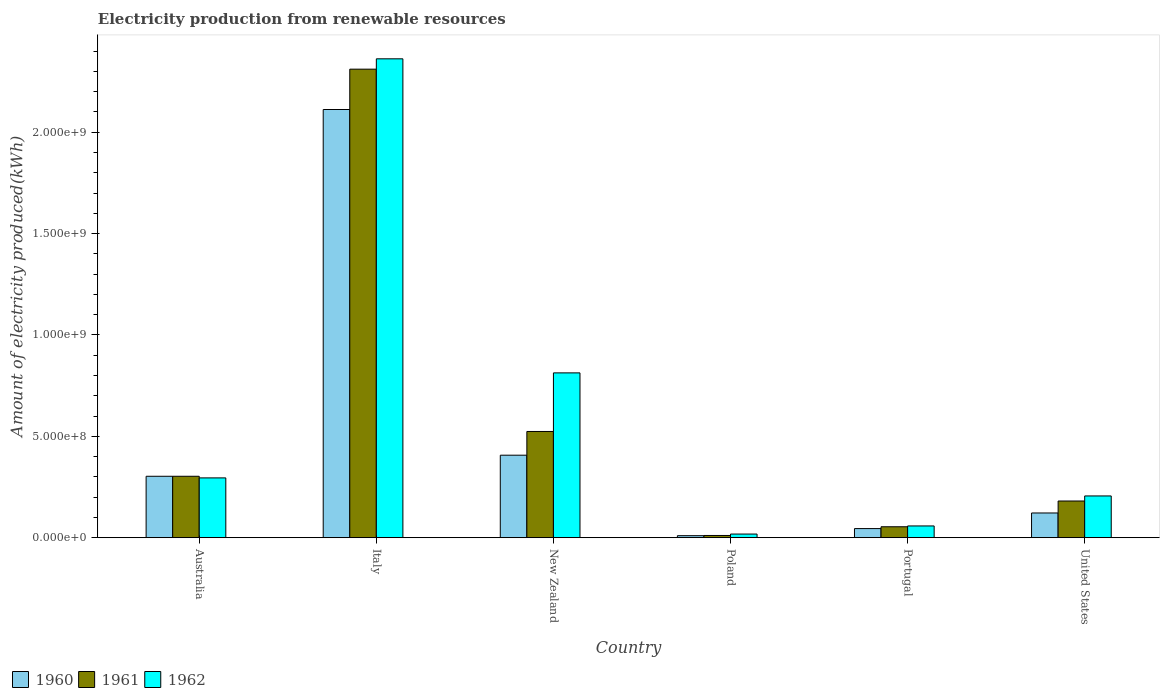
| Country | 1960 | 1961 | 1962 |
 | --- | --- | --- | --- |
 | Australia | 3.03e+08 | 3.03e+08 | 2.95e+08 |
 | Italy | 2.11e+09 | 2.31e+09 | 2.36e+09 |
 | New Zealand | 4.07e+08 | 5.24e+08 | 8.13e+08 |
 | Poland | 1e+07 | 1.1e+07 | 1.8e+07 |
 | Portugal | 4.5e+07 | 5.4e+07 | 5.8e+07 |
 | United States | 1.22e+08 | 1.81e+08 | 2.06e+08 |